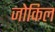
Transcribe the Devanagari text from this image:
जोकिल